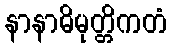
နာနာဓိမုတ္တိကတံ